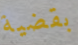
بقضية